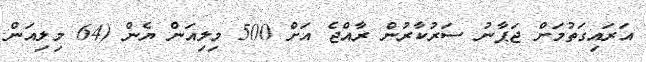
އަރައިގަތުމަށް ޖަޕާނު ސަރުކާރުން ރާއްޖެ އަށް 500 މިލިއަން ޔެން (64 މިލިއަން